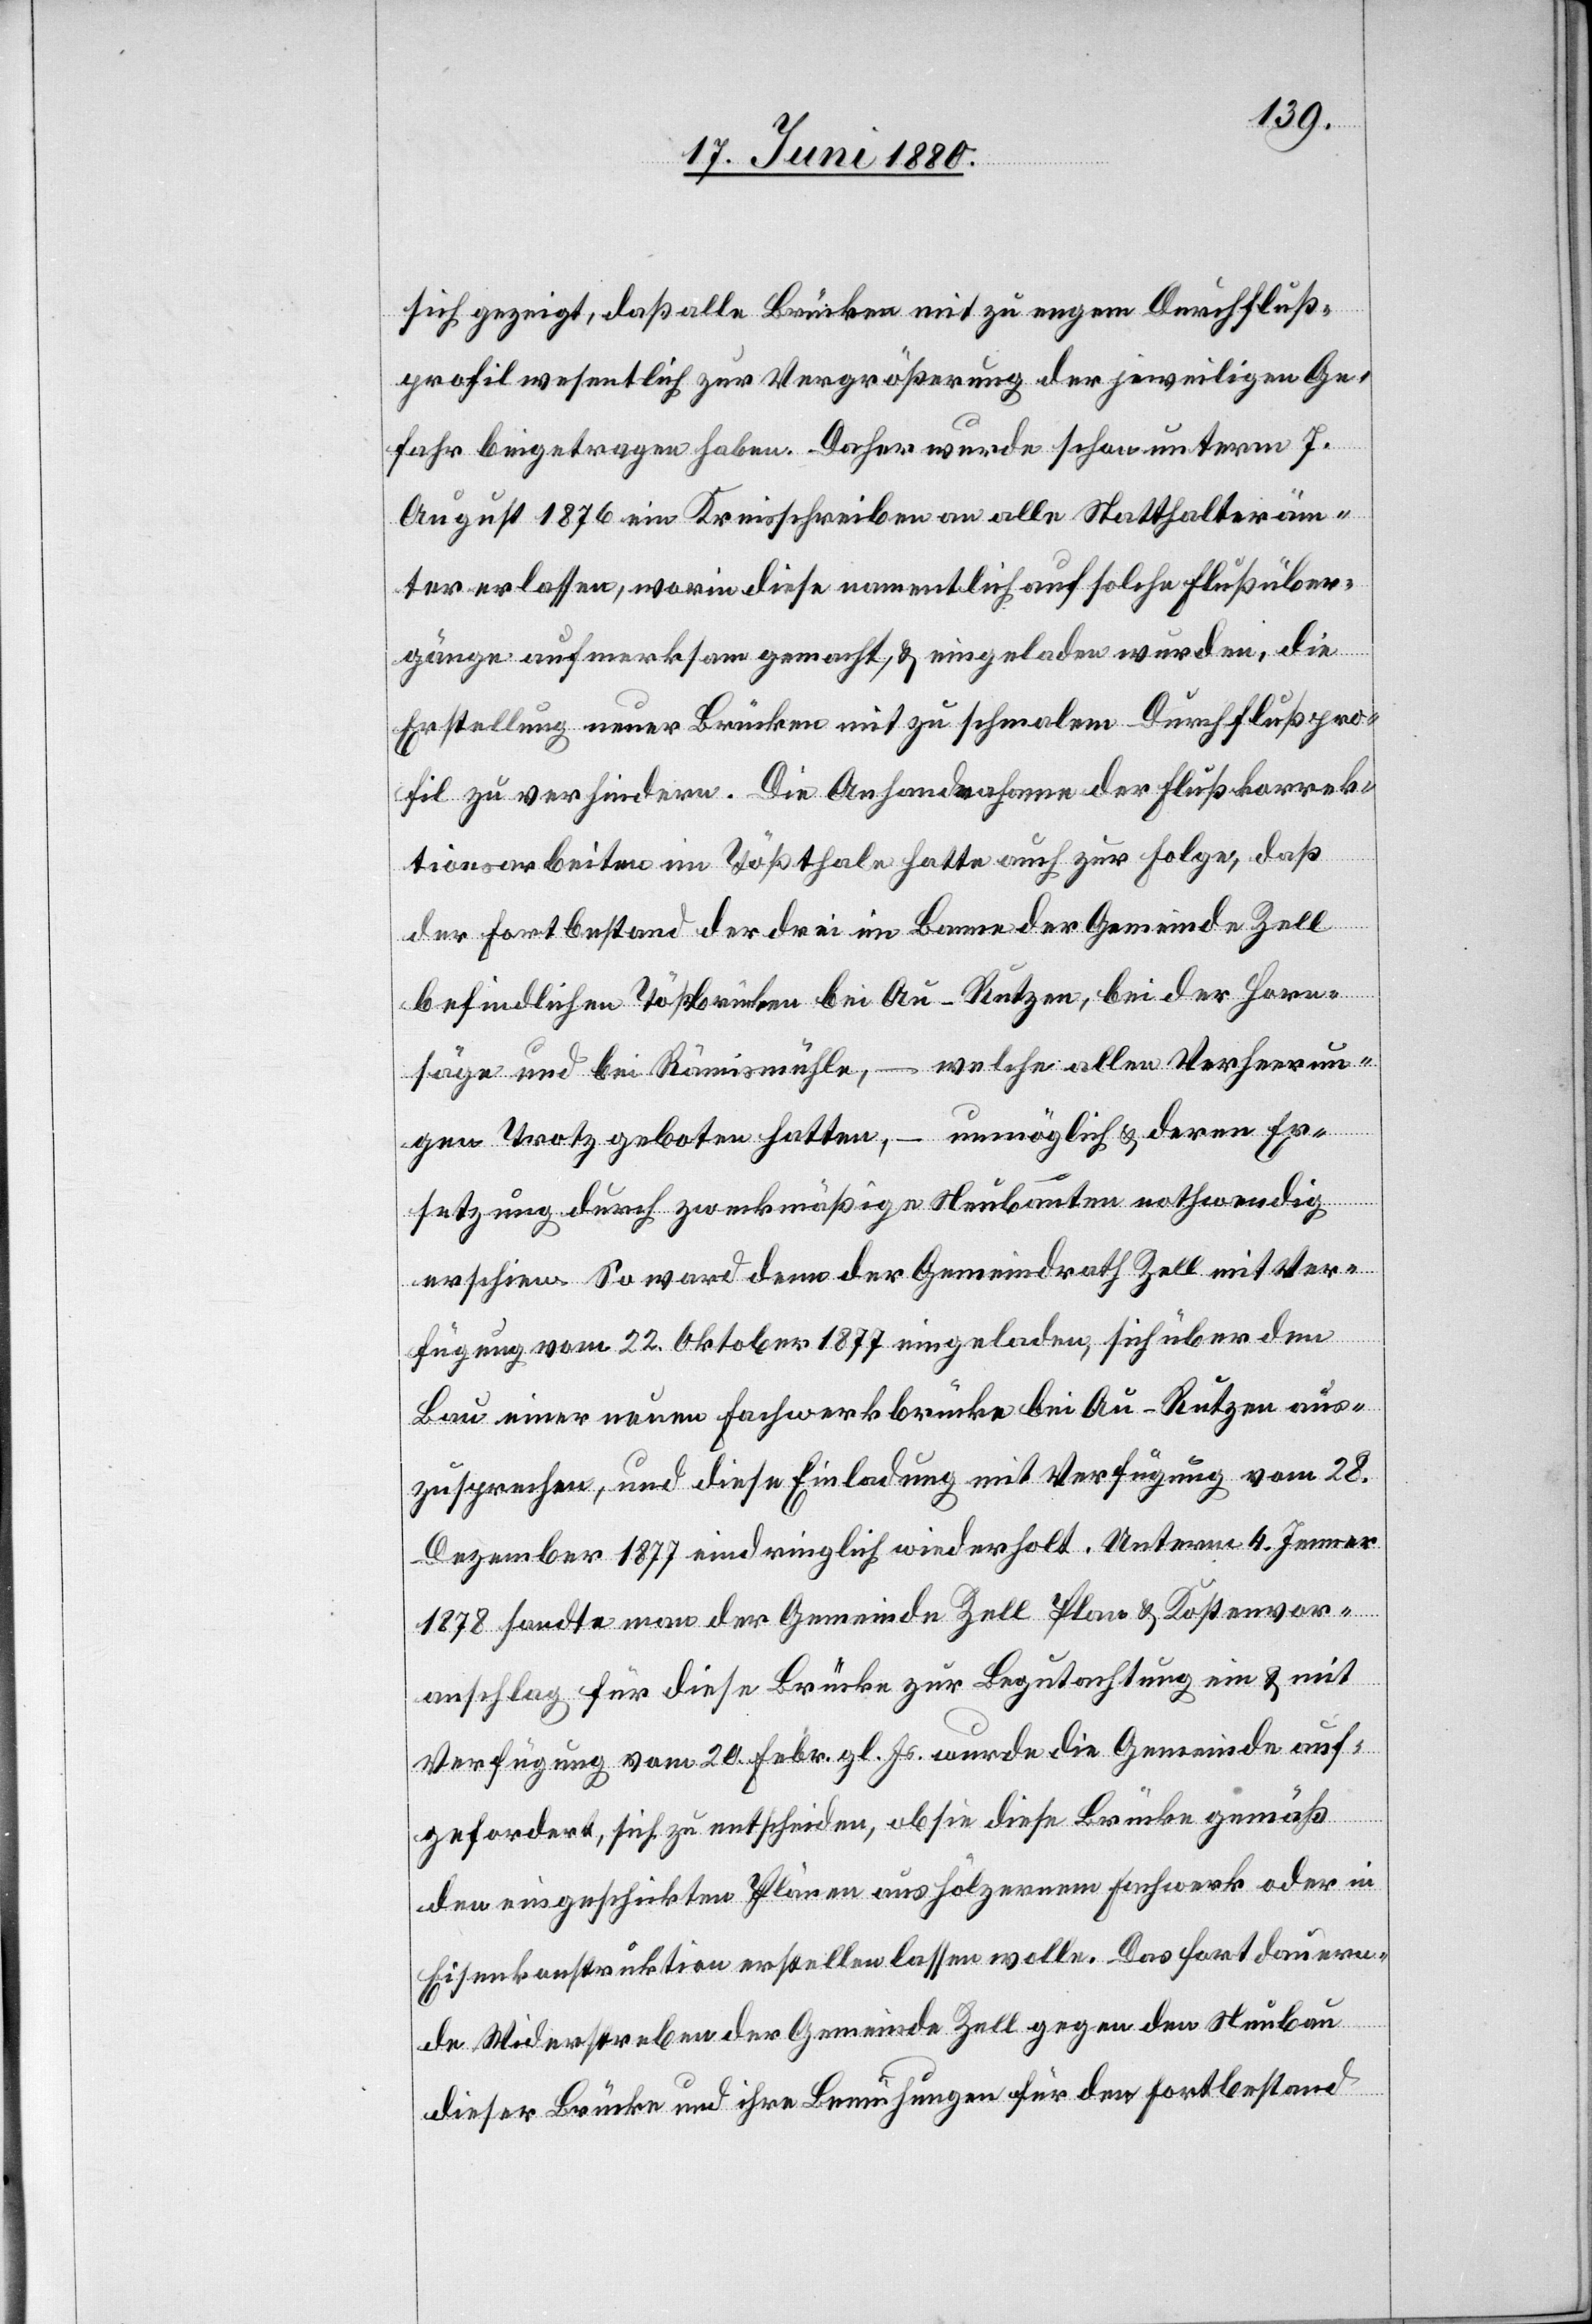
sich gezeigt, daß alle Brücken mit zu engem Durchfluß¬
profil wesentlich zur Vergrößerung der jeweiligen Ge¬
fahr beigetragen haben. Daher wurde schon unterm 7.
August 1876 ein Kreisschreiben an alle Statthalteräm¬
ter erlassen, worin diese namentlich auf solche Flußüber¬
gänge aufmerksam gemacht, & eingeladen wurden, die
Erstellung neuer Brücken mit zu schmalem Durchflußpro¬
fil zu verhindern. Die Anhandnahme der Flußkorrek¬
tionsarbeiten im Tößthale hatte auch zur Folge, daß
der Fortbestand der drei im Banne der Gemeinde Zell
befindlichen Tößbrücken bei Au - Rutzen, bei der Horn¬
säge und bei Rämismühle, – welche allen Verheerun¬
– unmöglich & deren Er¬
gen Trotz geboten hatten,
setzung durch zweckmäßige Neubauten nothwendig
erschienen. So ward denn der Gemeindrath Zell mit Ver¬
fügung vom 22. Oktober 1877 eingeladen, sich über den
Bau einer neuen Fachwerkbrücke bei Au - Rutzen aus¬
zusprechen, und diese Einladung mit Verfügung vom 28.
Dezember 1877 eindringlich wiederholt. Unterm 4. Jenner
1878 sandte man der Gemeinde Zell Plan- & Kostenvor¬
anschlag für diese Brücke zu Begutachtung ein & mit
Verfügung vom 20. Febr. gl. Js. wurde die Gemeinde auf¬
gefordert, sich zu entscheiden, ob sie diese Brücke gemäß
den eingeschickten Plänen aus hölzernem Fachwerk oder in
Eisenkonstruktion erstellen lassen wolle. Das fortdauern¬
de Widerstreben der Gemeinde Zell gegen den Neubau
dieser Brücke und ihre Bemühungen für den Fortbestand